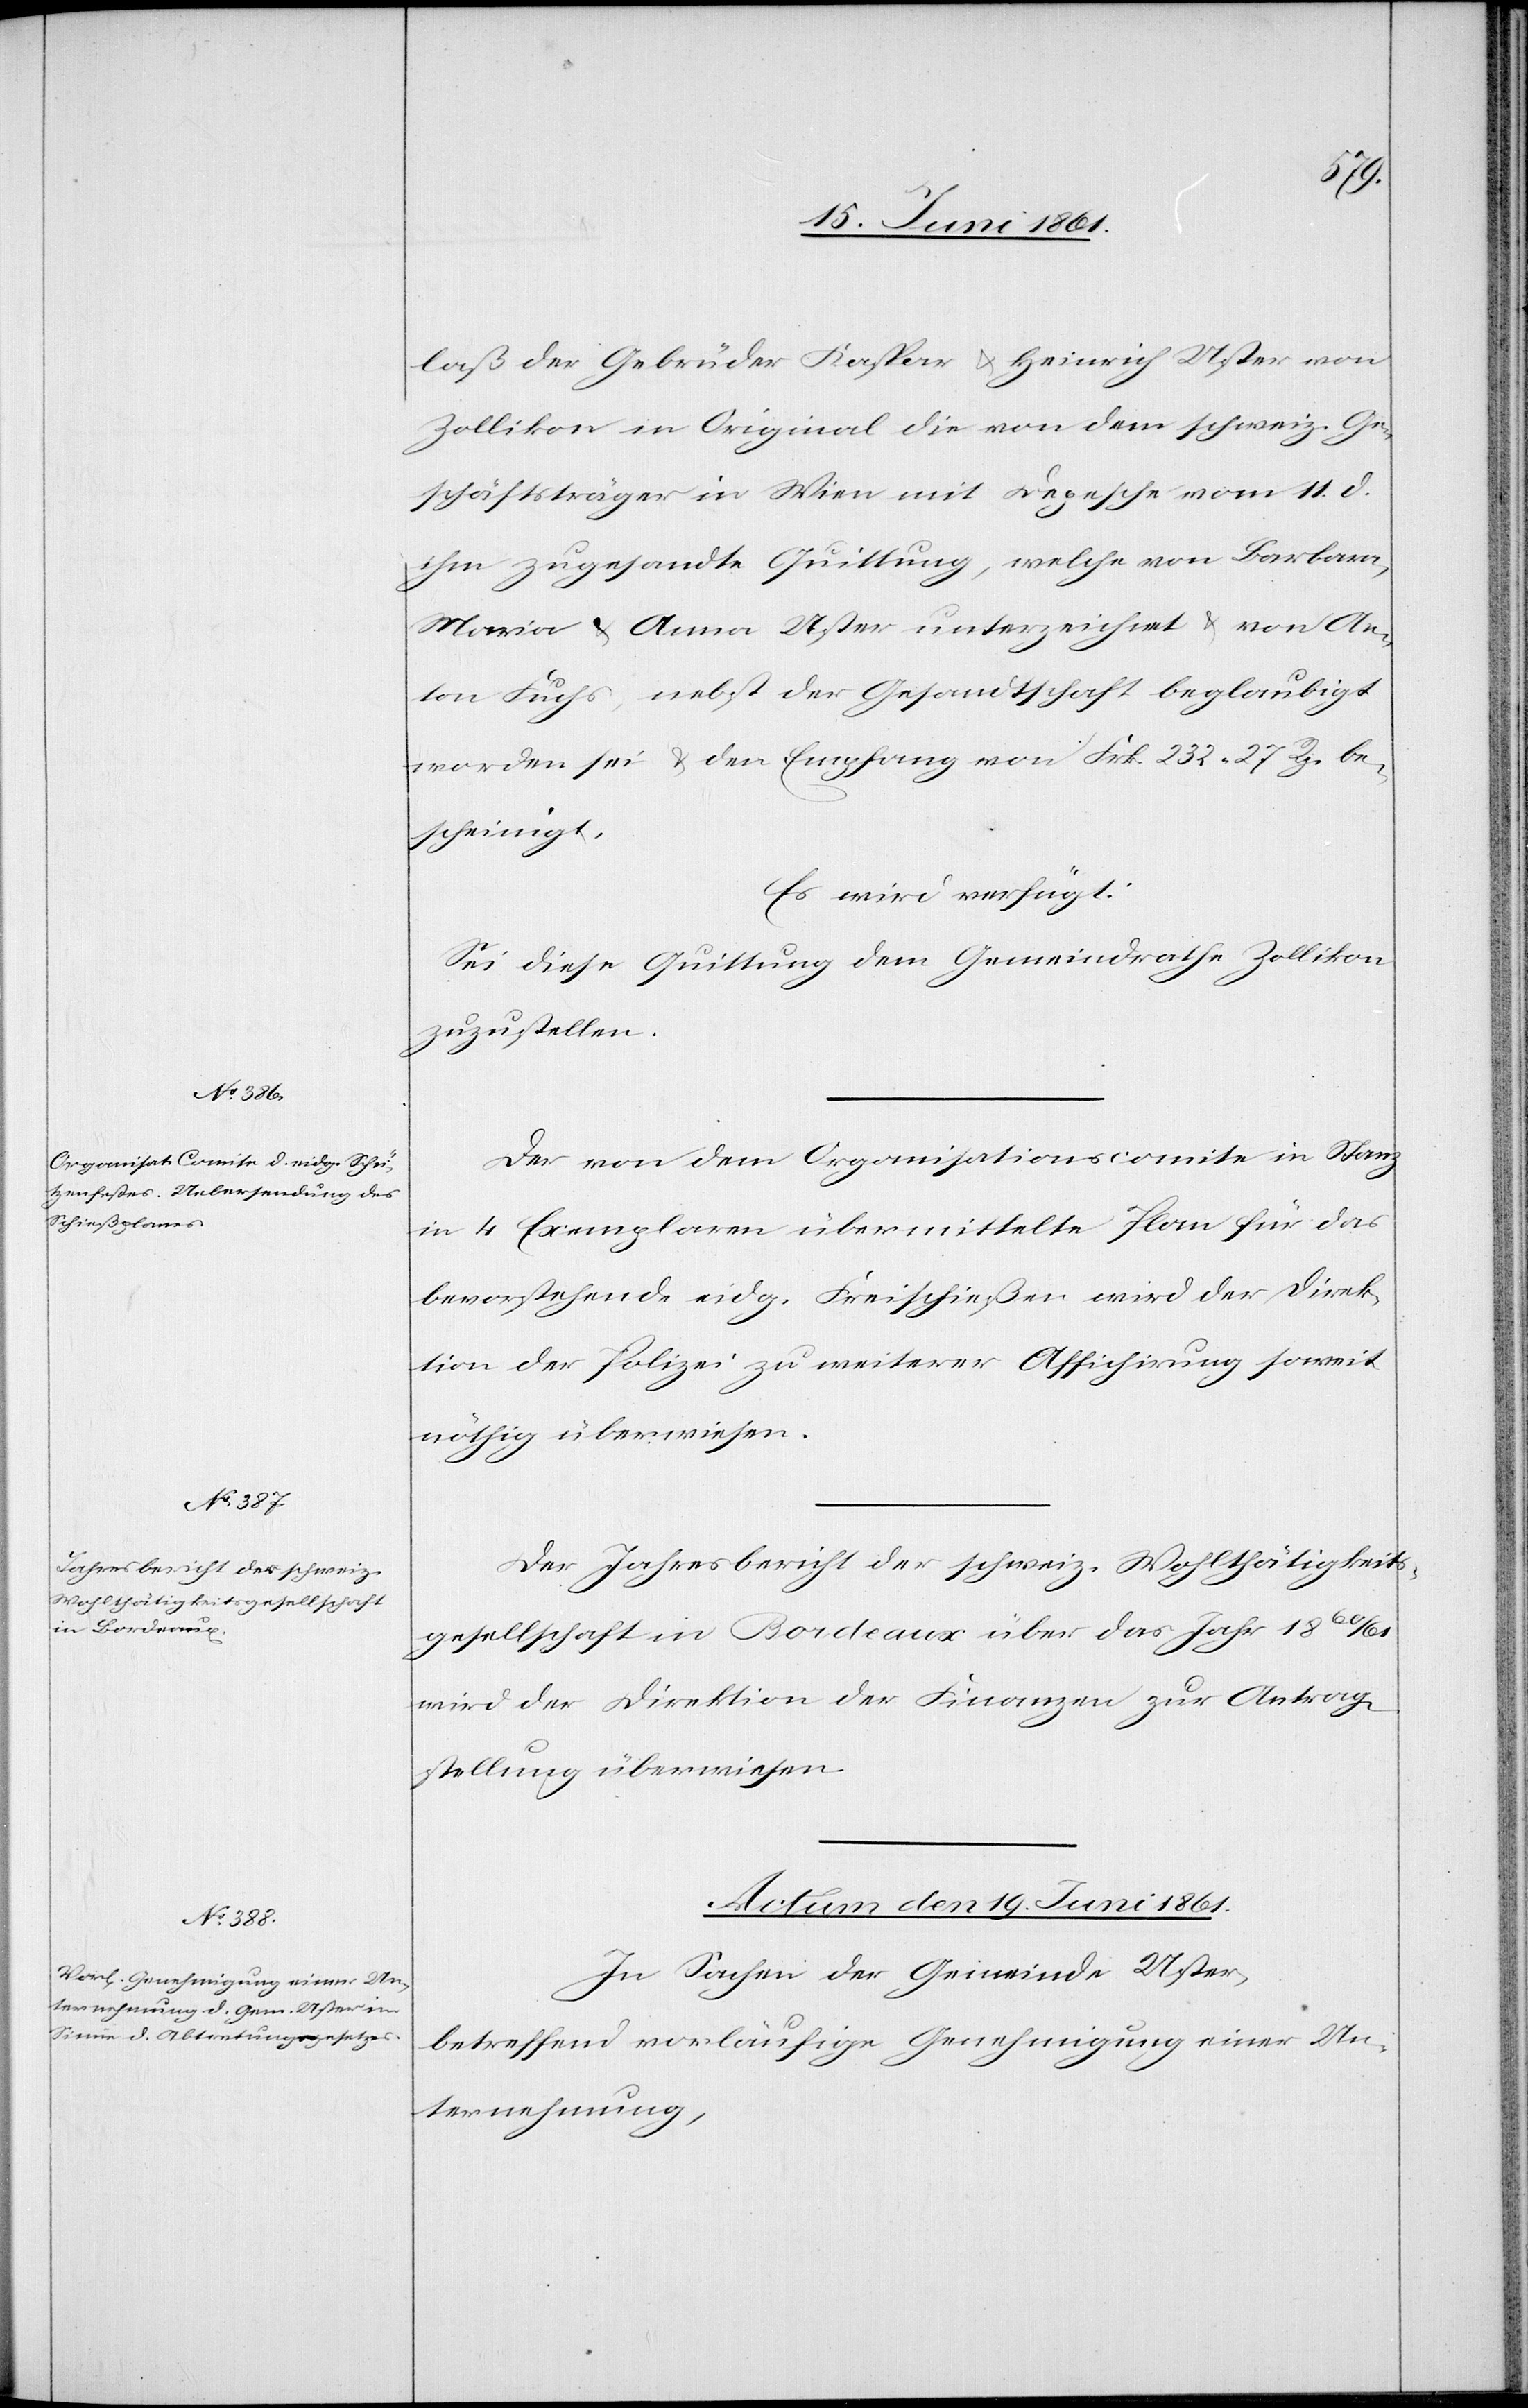
laß der Gebrüder Kaspar u. Heinrich Uster von
Zollikon in Original die von dem schweiz. Ge¬
schäftsträger in Wien mit Depesche vom 11. d.
ihm zugesandte Quittung, welche von Barbara,
Maria u. Anna Uster unterzeichnet u. von An¬
ton Fuchs, nebst der Gesandtschaft beglaubigt
worden sei u. den Empfang von Frk. 232 27 Rp. be¬
scheinigt.
Es wird verfügt:
Sei diese Quittung dem Gemeindrathe Zollikon
zuzustellen.
Der von dem Organisationscomite in Stanz
in 4 Exemplaren übermittelte Plan für das
bevorstehende eidg. Freischießen wird der Direk¬
tion der Polizei zu weiterer Affichirung soweit
nöthig überwiesen.
Der Jahresbericht der schweiz. Wohlthätigkeits¬
gesellschaft in Bordeaux über das Jahr 1860/61
wird der Direktion der Finanzen zur Antrag¬
stellung überwiesen.
Actum den 19. Juni 1861.
In Sachen der Gemeinde Uster,
betreffend vorläufige Genehmigung einer Un¬
ternehmung,